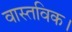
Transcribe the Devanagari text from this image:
वास्तविक।